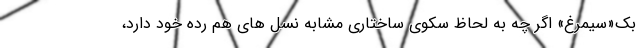
بک«سیمرغ» اگر چه به لحاظ سکوی ساختاری مشابه نسل های هم رده خود دارد،